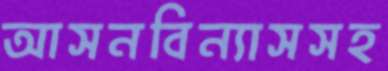
আসনবিন্যাসসহ